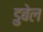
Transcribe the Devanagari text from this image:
डुबेल